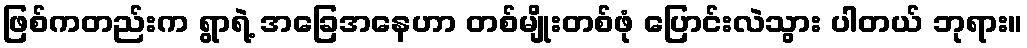
ဖြစ်ကတည်းက ရွာရဲ့ အခြေအနေဟာ တစ်မျိုးတစ်ဖုံ ပြောင်းလဲသွား ပါတယ် ဘုရား။